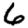
Digit: 6